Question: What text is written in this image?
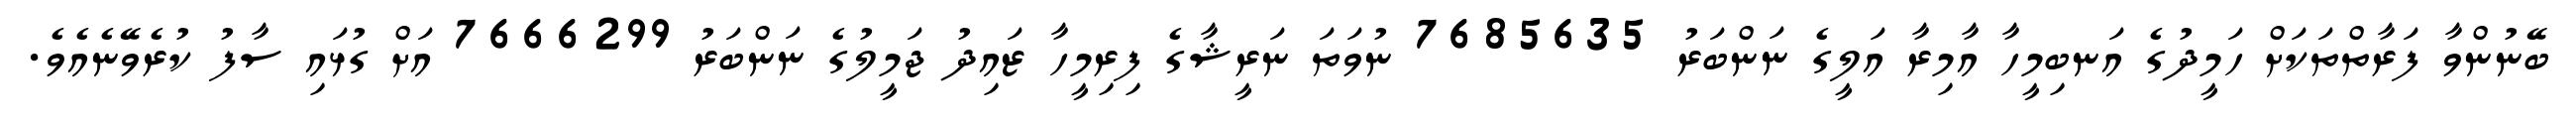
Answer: ބޭނުންވާ ފަރާތްތަކަށް ހަމީދުގެ އަނބިމީހާ އާމިރާ އަލީގެ ނަންބަރު 7685635 ނުވަތަ ނަރީޝާގެ ފިރިމީހާ ޒައިދު ޖަމީލުގެ ނަންބަރު 7666299 އަށް ގުޅައި ސާފު ކުރެވޭނެއެވެ.